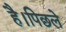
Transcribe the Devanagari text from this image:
है।पिछले